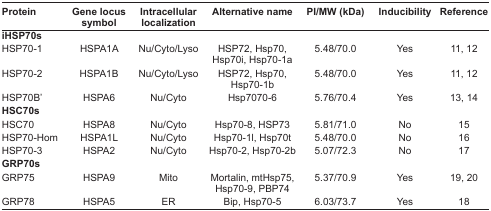
<table><thead><tr><td><b>Protein</b></td><td><b>Gene locus symbol</b></td><td><b>Intracellular localization</b></td><td><b>Alternative name</b></td><td><b>PI/MW (kDa)</b></td><td><b>Inducibility</b></td><td><b>Reference</b></td></tr></thead><tbody><tr><td colspan="7"><b>iHSP70s</b></td></tr><tr><td>HSP70-1</td><td>HSPA1A</td><td>Nu/Cyto/Lyso</td><td>HSP72, Hsp70, Hsp70i, Hsp70-1a</td><td>5.48/70.0</td><td>Yes</td><td>11, 12</td></tr><tr><td>HSP70-2</td><td>HSPA1B</td><td>Nu/Cyto/Lyso</td><td>HSP72, Hsp70, Hsp70-1b</td><td>5.48/70.0</td><td>Yes</td><td>11, 12</td></tr><tr><td>HSP70B′</td><td>HSPA6</td><td>Nu/Cyto</td><td>Hsp7070-6</td><td>5.76/70.4</td><td>Yes</td><td>13, 14</td></tr><tr><td colspan="7"><b>HSC70s</b></td></tr><tr><td>HSC70</td><td>HSPA8</td><td>Nu/Cyto</td><td>Hsp70-8, HSP73</td><td>5.81/71.0</td><td>No</td><td>15</td></tr><tr><td>HSP70-Hom</td><td>HSPA1L</td><td>Nu/Cyto</td><td>Hsp70-1l, Hsp70t</td><td>5.48/70.0</td><td>No</td><td>16</td></tr><tr><td>HSP70-3</td><td>HSPA2</td><td>Nu/Cyto</td><td>Hsp70-2, Hsp70-2b</td><td>5.07/72.3</td><td>No</td><td>17</td></tr><tr><td colspan="7"><b>GRP70s</b></td></tr><tr><td>GRP75</td><td>HSPA9</td><td>Mito</td><td>Mortalin, mtHsp75, Hsp70-9, PBP74</td><td>5.37/70.9</td><td>Yes</td><td>19, 20</td></tr><tr><td>GRP78</td><td>HSPA5</td><td>ER</td><td>Bip, Hsp70-5</td><td>6.03/73.7</td><td>Yes</td><td>18</td></tr></tbody></table>